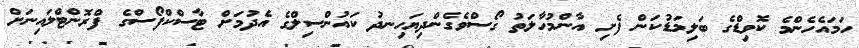
ހަމައެހެންމެ ކޮވިޑްގެ ބަލިމަޑުކަން ފެށި އާންމުހާލަތު ގޯސްވެގެންދިޔަހިނދު ކައުންސިލްގެ އެދުމަށް ޓާސްކްފޯސްގެ ފްރޮންޓްލައިނަށް